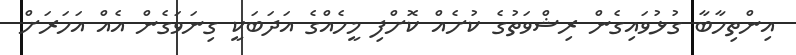
އިންތިހާބާ ގުޅުވައިގެން ރިޝްވަތުގެ ކުށެއް ކޮށްފި މީހެއްގެ އަދަބަކީ ގިނަވަގެން އެއް އަހަރަށް